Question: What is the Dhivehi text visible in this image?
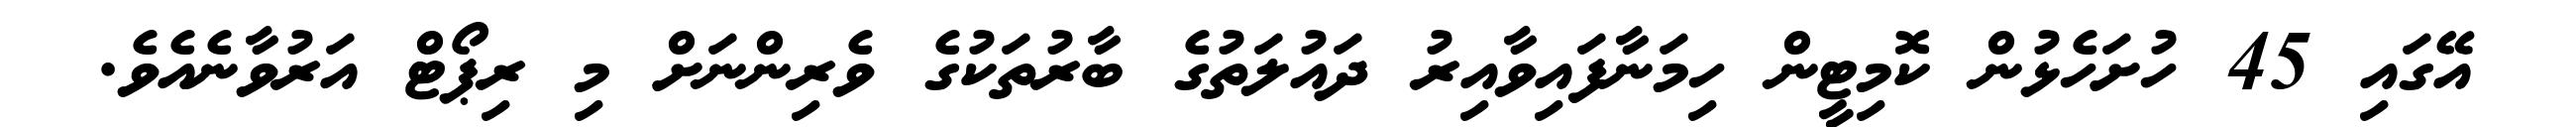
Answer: އޭގައި 45 ހުށަހެޅުން ކޮމިޓީން ހިމަނާފައިވާއިރު ދައުލަތުގެ ބާރުތަކުގެ ވެރިންނަށް މި ރިޕޯޓް އަރުވާނެއެވެ.